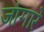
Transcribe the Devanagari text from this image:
जांगारे